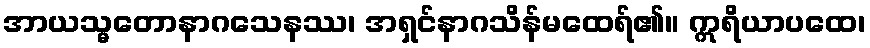
အာယသ္မတောနာဂသေနဿ၊ အရှင်နာဂသိန်မထေရ်၏။ ဣရိယာပထေ၊